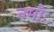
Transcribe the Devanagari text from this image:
नमोः